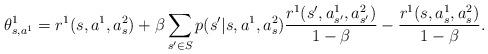
LaTeX: \begin{align*}&\theta_{s,a^1}^1=r^1(s,a^1,a_s^2)+\beta\sum_{s'\in S} p(s'|s,a^1,a_s^2)\frac{r^1(s',a_{s'}^1,a_{s'}^2)}{1-\beta}-\frac{r^1(s,a_{s}^1,a_{s}^2)}{1-\beta}.\end{align*}